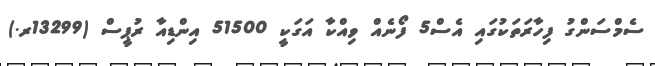
ސެމްސަންގު ފިހާރަތަކުގައި އެސް5 ފޯނެއް ވިއްކާ އަގަކީ 51500 އިންޑިއާ ރުޕީސް (13299ރ.)